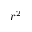
r ^ { 2 }